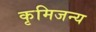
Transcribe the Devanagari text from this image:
कृमिजन्य